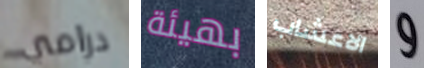
درامي بهيئة الاعشاب و